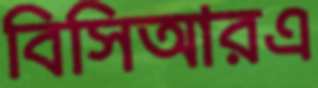
বিসিআরএ